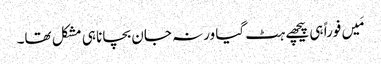
مَیں فوراً ہی پیچھے ہٹ گیا ورنہ جان بچانا ہی مشکل تھا۔